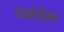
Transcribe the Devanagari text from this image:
एल्केमिकल